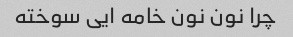
چرا نون نون خامه ایی سوخته